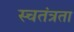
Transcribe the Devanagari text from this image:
स्चतंत्रता